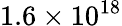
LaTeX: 1.6\times 10^{18}